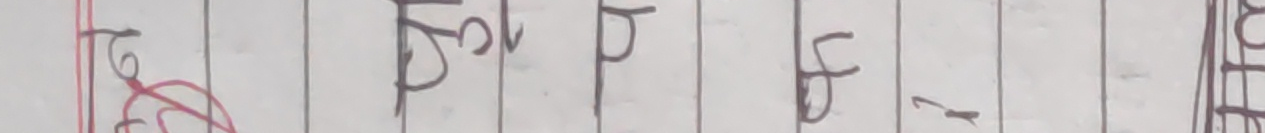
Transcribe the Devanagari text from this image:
त्रै फाे प त